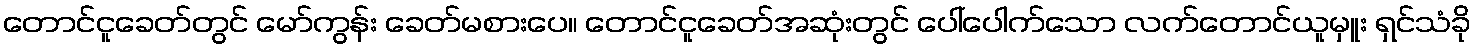
တောင်ငူခေတ်တွင် မော်ကွန်း ခေတ်မစားပေ။ တောင်ငူခေတ်အဆုံးတွင် ပေါ်ပေါက်သော လက်တောင်ယူမှူး ရှင်သံခို